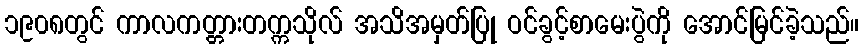
၁၉၀၈တွင် ကာလကတ္တားတက္ကသိုလ် အသိအမှတ်ပြု ဝင်ခွင့်စာမေးပွဲကို အောင်မြင်ခဲ့သည်။